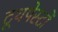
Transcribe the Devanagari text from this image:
टूथपेस्टों